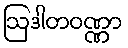
ဩဒါတဝဏ္ဏာ